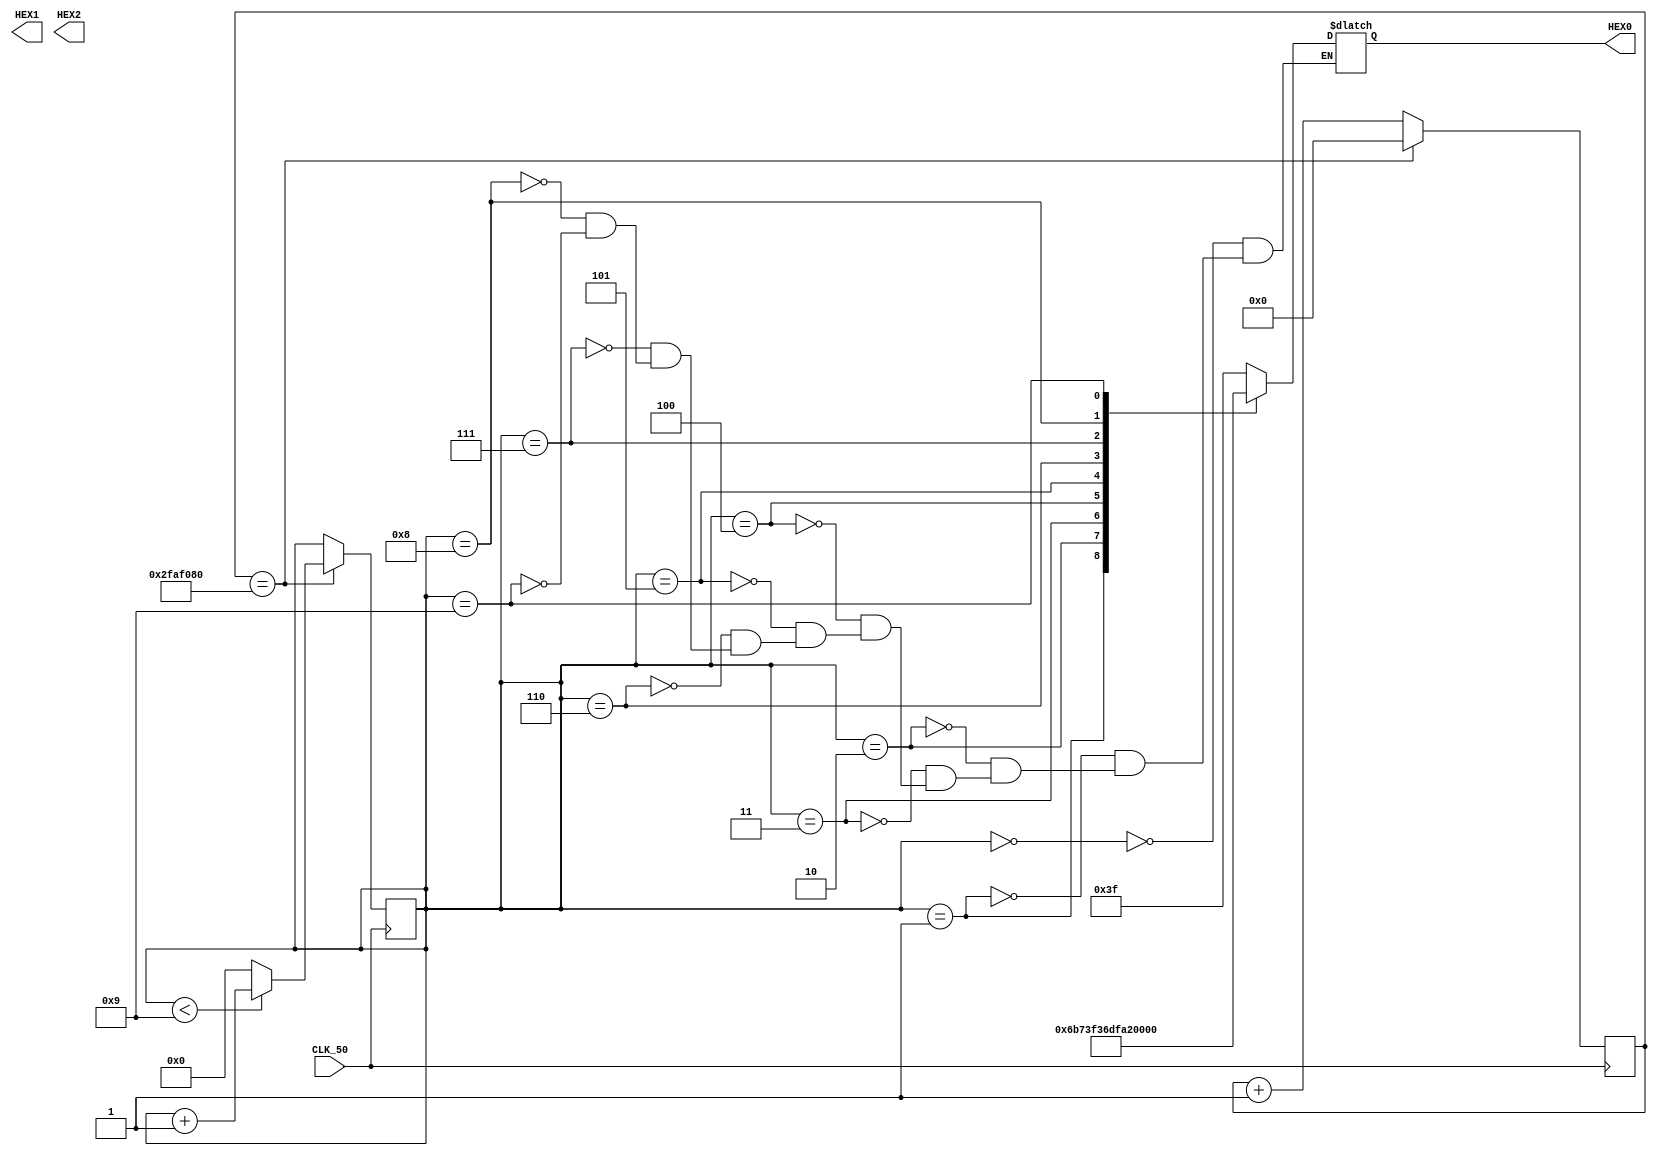
/*
	7 Segment display counter
	
	This code counts from 0 to 9, on the builtin 7 Segment displays of the Kiwi.
	
	Written for the Lab Kiwi development board, by Omri Raz, on the 4th of March, 2021.
*/


module SevenSegmentCounter(

	input		CLK_50,	//Defining the 50MHz Clock of the Kiwi as an input
	output	[6:0]	HEX0,	//Defining the 7 Segment displays of the Kiwi as an output 
	output	[6:0]	HEX1,	//Note: these definitions were made using the Lab Kiwi Project Generator.
	output	[6:0]	HEX2
);

reg [32:0] count = 0;  //This register is used for counting the iterations of the main loop (In order to generate the 1Hz clock).  
reg 	   state = 0;  //1Hz clock, generated in the 50MHz always loop.
reg [3:0]  SegVal = 0; //This register stores the current value which is being counted (the range for it is 0-9).
reg [6:0]  SegDat;     //This register stores the actual data for each segment of the 7 segment display.

assign HEX0[6:0]=SegDat[6:0]; //assign each segment of the first 7 segment display to the appropriate bit of the segment data register.

always @ (posedge CLK_50)	//Each time a positive edge on the clock signal is detected, the code inside of the loop is executed
begin                      	//The loop iterates 50 million times a second, because the clock input is 50MHz
	count <= count + 1;	//Each time the loop iterates, the counter register is incremented by 1
	if(count == 50000000) 	//For a 1Hz clock (one state change per second) we need to count until 50,000,000 (because of the 50MHz clock),
				//and when the counter hits 50,000,000, we change the state register and reset the counter back to zero. 
	begin
	state <= ~state;		//Invert the state (If the state was 0, invert it to 1, vice versa)
		if(SegVal<9)		//Check if the counted value is less than 9, 
					//because 9 is the largest decimal value that can be displayed on a 7 segment display.
			SegVal <= SegVal + 1;	//If the value is less than 9, increment the value by 1.
		else 
			SegVal <= 0;		//If the value is bigger than 9, reset the value to 0.
	count <= 0;				//Reset the counter for the 1Hz clock
	end	 
end	
always @ (state)	//Each time the state changes (1 time per second), 
	case (SegVal)	//Check what's the value of the 7 segment counter, and save the appropriate value data to the SegDat register.
		4'b0000:SegDat=7'b0111111;	// If the value is 0, save 1111110 to the segment data register 
		4'b0001:SegDat=7'b0000110;	
		4'b0010:SegDat=7'b1011011;	
		4'b0011:SegDat=7'b1001111;	
		4'b0100:SegDat=7'b1100110;	
		4'b0101:SegDat=7'b1101101;		
		4'b0110:SegDat=7'b1111101;	
		4'b0111:SegDat=7'b0000111;	
		4'b1000:SegDat=7'b1111111;	
		4'b1001:SegDat=7'b1101111;	
	endcase
endmodule